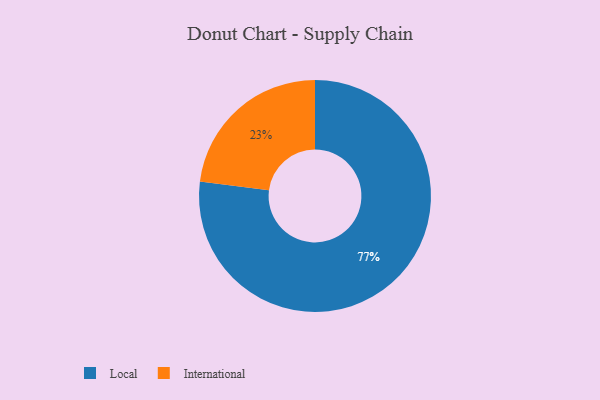
{"axis": {"x": "Category", "y": "Percentage"}, "legend": ["International", "Local"], "data": [{"x": "International", "y": 23, "type": "International"}, {"x": "Local", "y": 77, "type": "Local"}]}